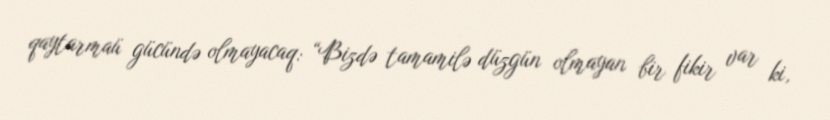
qaytarmaü gücündə olmayacaq: “Bizdə tamamilə düzgün olmayan bir fikir var ki,